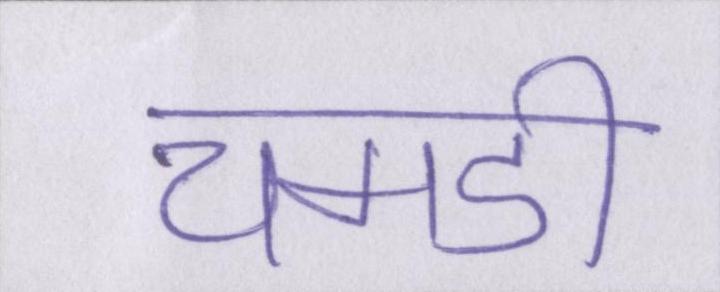
चमडी